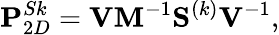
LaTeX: \mathbf{P}_{2D}^{Sk}=\mathbf{V}\mathbf{M}^{-1}\mathbf{S}^{(k)}\mathbf{V}^{-1},